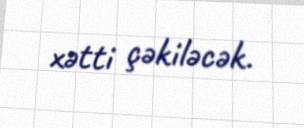
xətti çəkiləcək.